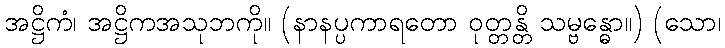
အဋ္ဌိကံ၊ အဋ္ဌိကအသုဘကို။ (နာနပ္ပကာရတော ဝုတ္တန္တိ သမ္ဗန္ဓော။) (သော၊